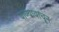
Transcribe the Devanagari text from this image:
पाण्यावाचून